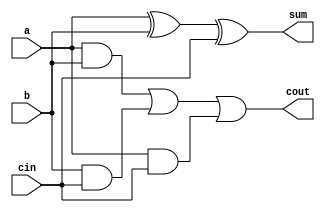
module full_adder (
    input a,         // Input A
    input b,         // Input B
    input cin,       // Input Carry-in
    output sum,      // Output Sum
    output cout      // Output Carry-out
);

assign sum = a ^ b ^ cin;                    // Calculate Sum
assign cout = (a & b) | (b & cin) | (a & cin);  // Calculate Carry-out

endmodule